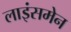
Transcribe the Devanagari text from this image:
लाइंसमेन